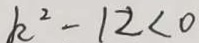
k ^ { 2 } - 1 2 < 0